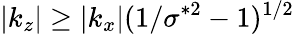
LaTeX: |k_{z}|\geq|k_{x}|(1/\sigma^{*2}-1)^{1/2}